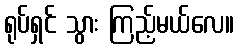
ရုပ်ရှင် သွား ကြည့်မယ်လေ။